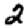
Digit: 2